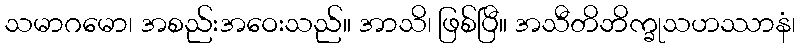
သမာဂမော၊ အစည်းအဝေးသည်။ အာသိ၊ ဖြစ်ပြီ။ အသီတိဘိက္ခုသဟဿာနံ၊